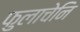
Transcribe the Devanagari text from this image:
फुलाचेनि